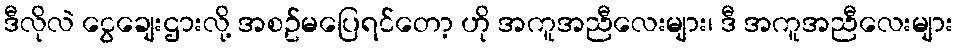
ဒီလိုလဲ ငွေချေးဌားလို့ အစဥ်မပြေရင်တော့ ဟို အကူအညီလေးများ၊ ဒီ အကူအညီလေးများ